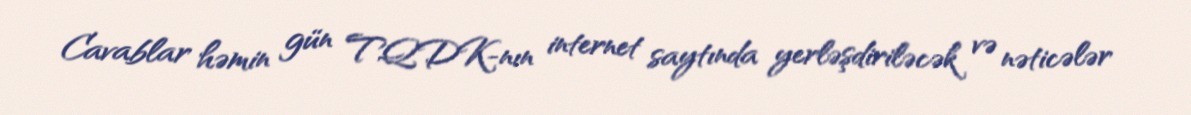
Cavablar həmin gün TQDK-nın internet saytında yerləşdiriləcək və nəticələr